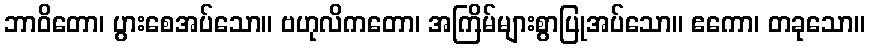
ဘာဝိတော၊ ပွားစေအပ်သော။ ဗဟုလိကတော၊ အကြိမ်များစွာပြုအပ်သော။ ဧကော၊ တခုသော။